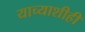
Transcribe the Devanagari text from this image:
याच्याशीही